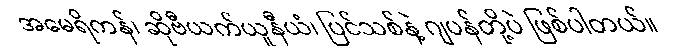
အမေရိကန်၊ ဆိုဗီယက်ယူနီယံ၊ ပြင်သစ်နဲ့ ဂျပန်တို့ပဲ ဖြစ်ပါတယ်။